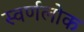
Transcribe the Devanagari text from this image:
स्वर्णलोक